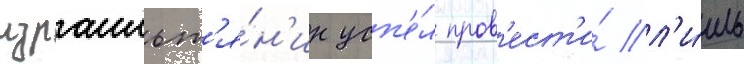
израильт'я́н'ин усп'е́л пров'ест'и́ л'и́шь